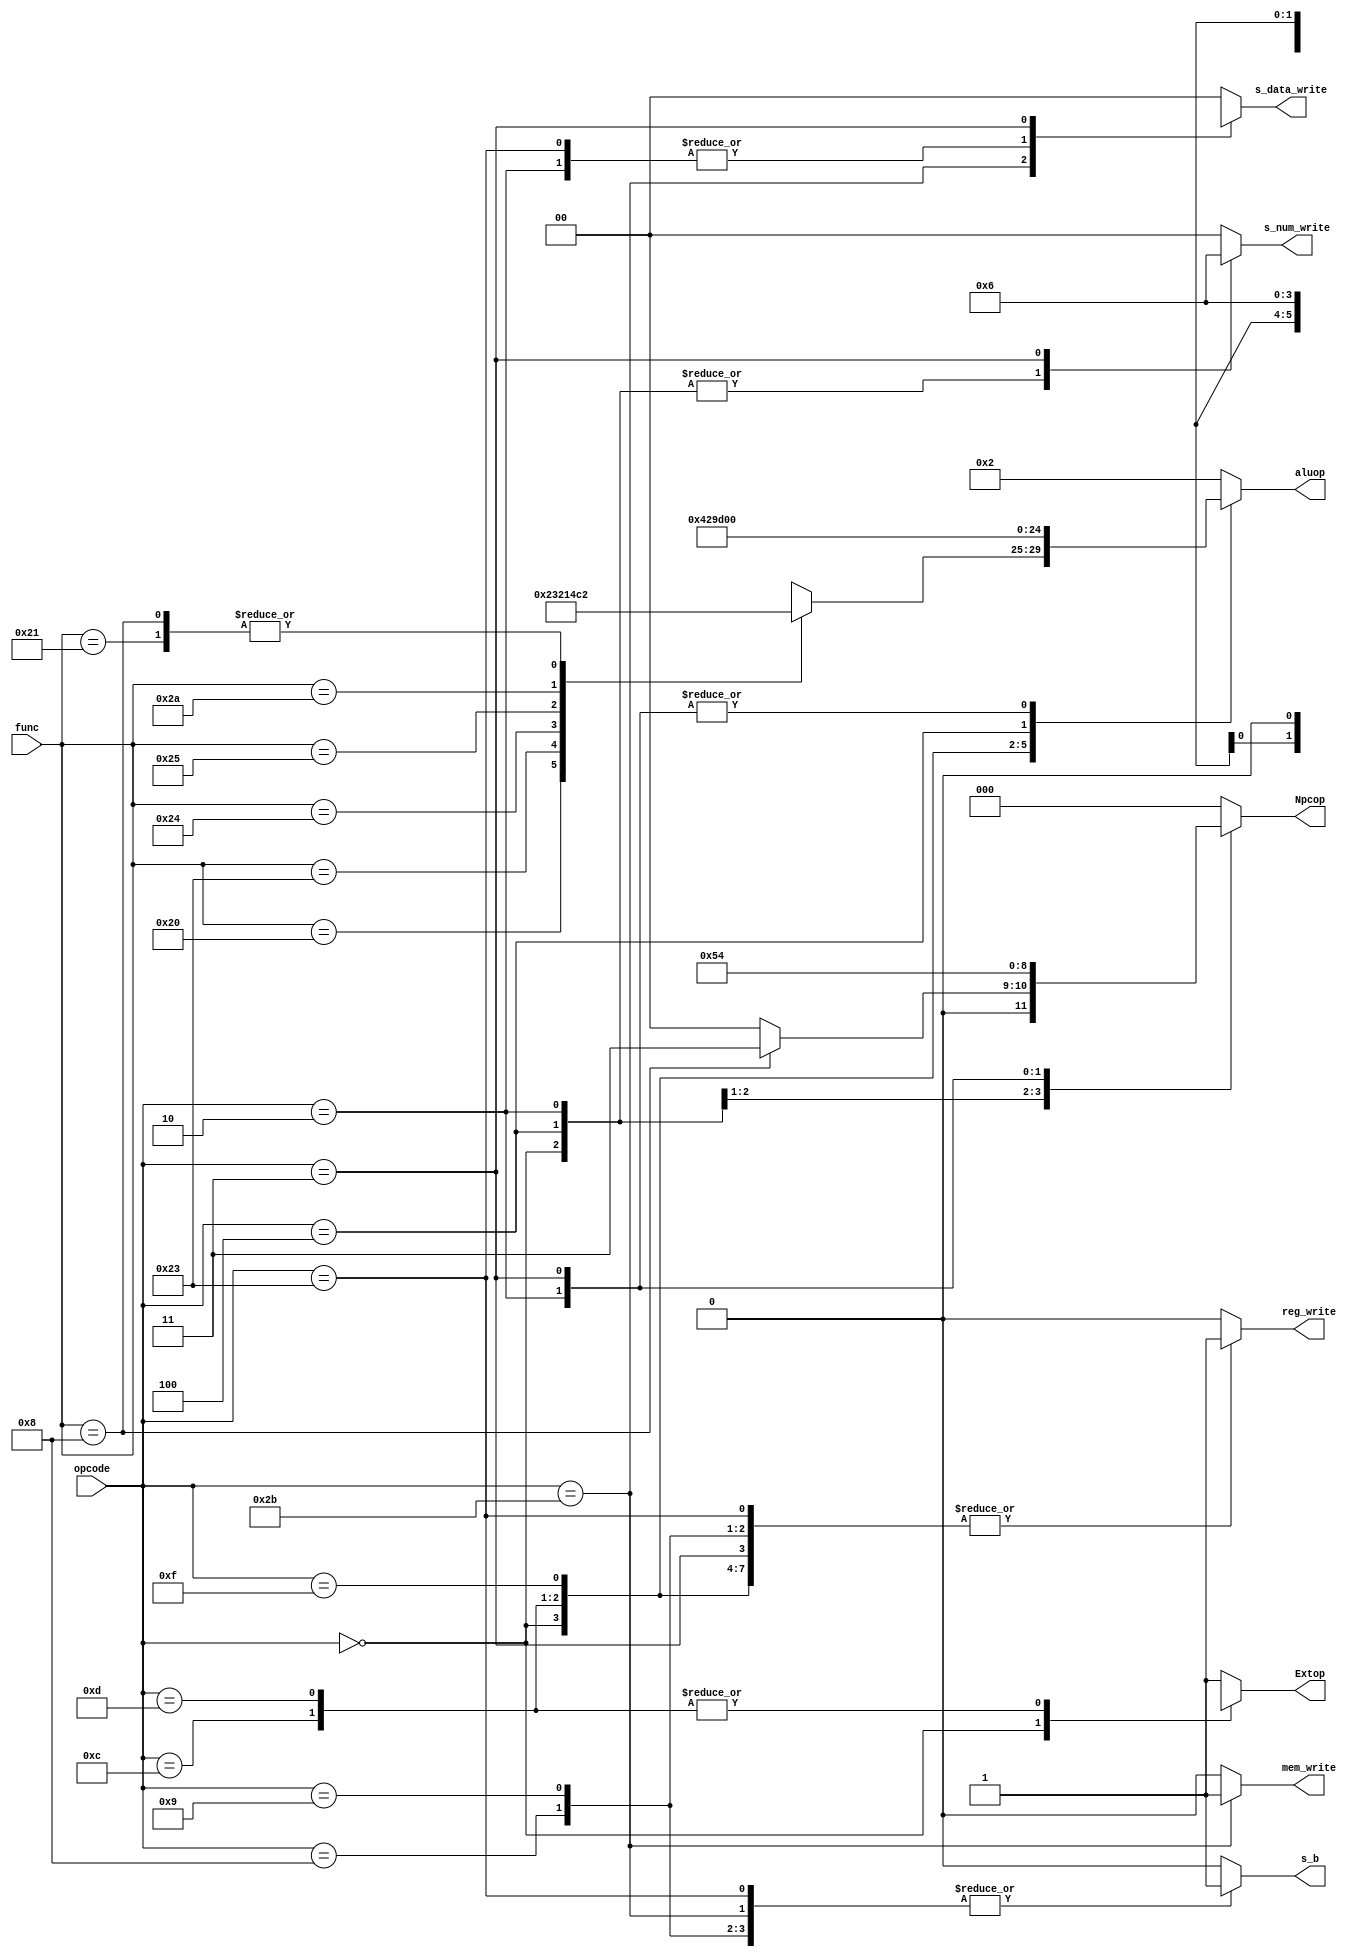
module ctrl(
    input [5:0] opcode,
    input [5:0] func ,
	output  reg [4:0] aluop , 
    output  reg reg_write ,
	output  reg Extop ,
	output  reg s_b ,
	output  reg [1:0]s_num_write ,
	output  reg mem_write ,
	output  reg [1:0]s_data_write,
	output  reg [2:0]Npcop  
	);

	always@(*)
	begin
		case (opcode)
			6'b000000:
			begin
				case (func)
				6'b100000:
					begin
					aluop = 5'b00001;
					Npcop = 3'd0;
					end
				6'b100001:
					begin 
					aluop = 5'b00010;
					Npcop = 3'd0;
					end
				6'b100011:
					begin 
					aluop = 5'b00011;
					Npcop = 3'd0;
					end   
				6'b100100:
					begin 
					aluop = 5'b00100;
					Npcop = 3'd0;
					end
				6'b100101:
					begin 
					aluop = 5'b00101;
					Npcop = 3'd0;
					end
				6'b101010:
					begin 
					aluop = 5'b00110;
					Npcop = 3'd0;
					end
				6'b001000:
					begin 
					aluop = 5'b00010;
					Npcop = 3'd3;
					end
				default:
				begin
				aluop = 5'bxxxxx;
				Npcop = 3'd0;
				end
				endcase
		    reg_write = 1'b1;
			Extop = 1'bx;
			s_b = 1'b0;   
			s_num_write = 2'b01;
			mem_write = 1'b0;
			s_data_write = 2'b00;
			end
			6'b001000:  
		    begin
				aluop = 5'b00010;  
				reg_write = 1'b1;
				Extop = 1'b1;
				s_b = 1'b1;
				s_num_write = 2'b00;
				mem_write = 1'b0;
				s_data_write = 2'b00;
				Npcop = 3'd0;
			end
			6'b001001: 
		    begin
				aluop = 5'b00010;  
				reg_write = 1'b1;
				Extop = 1'b1;
				s_b = 1'b1;  
				s_num_write = 2'b00;
				mem_write = 1'b0;
				s_data_write = 2'b0;
				Npcop = 3'd0;
			end
			6'b001100: 
		    begin
				aluop = 5'b00100;  
				reg_write = 1'b1;
				Extop = 1'b0;
				s_b = 1'b1;
				s_num_write = 2'b00;
				mem_write = 1'b0;
				s_data_write = 2'b00;
				Npcop = 3'd0;
			end
			6'b001101: 
		    begin
				aluop = 5'b00101;  
				reg_write = 1'b1;
				Extop = 1'b0;
				s_b = 1'b1;
				s_num_write = 2'b00;
				mem_write = 1'b0;
				s_data_write = 2'b00;
				Npcop = 3'd0;
			end
			6'b001111:  
				begin
				aluop = 5'b00111;  
				reg_write = 1'b1;
				Extop = 1'b1;
				s_b = 1'b1;
				s_num_write = 2'b00;
				mem_write = 1'b0;
				s_data_write = 2'b00;
				Npcop = 3'd0;
				end
			6'b101011:  
				begin 
				aluop = 5'b00010;  
				reg_write = 1'b0;
				Extop = 1'b1;
				s_b = 1'b1;
				s_num_write = 2'b00;
				mem_write = 1'b1;
				s_data_write = 2'bxx;
				Npcop = 3'd0;
				end
			6'b100011:  
				begin
				aluop = 5'b00010;  
				reg_write = 1'b1;
				Extop = 1'b1;
				s_b = 1'b1;
				s_num_write = 2'b00;
				mem_write = 1'b0;
				s_data_write = 2'b01;
				Npcop = 3'd0;
				end
			6'b000100:    
				begin
				aluop = 5'b01000;
				reg_write = 1'b0;
				Extop = 1'b1;
				s_b = 1'b0;
				s_num_write = 2'b01;
				mem_write = 1'b0;
				s_data_write = 2'b00;
				Npcop = 3'd1;
				end
			6'b000010:  
				begin
				aluop = 5'b00000;
				reg_write = 1'b0;
				Extop = 1'b1;
				s_b = 1'b0;
				s_num_write = 2'b01;
				mem_write = 1'b0;
				s_data_write = 2'b01;
				Npcop = 3'd2;
				end
			6'b000011:  
				begin
				aluop = 5'b00000;
				reg_write = 1'b1;
				Extop = 1'b1;
				s_b = 1'b0;
				s_num_write = 2'b10;
				mem_write = 1'b0;
				s_data_write = 2'b10;
				Npcop = 3'd4;
				end
			default:
			begin
			aluop = 5'b00010;
			reg_write = 1'b0;
			Extop = 1'b1;
			s_num_write = 2'b00;
			mem_write = 1'b0;
			s_b = 1'b0;
			s_data_write = 2'b00;
			Npcop = 3'd0;
			end
		endcase
	end
endmodule